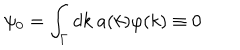
LaTeX: \psi _ { 0 } = \int _ { \Gamma } d k ~ a ( k ) \varphi ( k ) \equiv 0